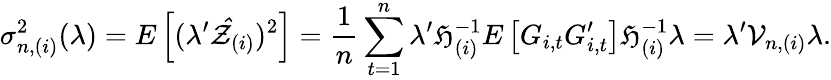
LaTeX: \sigma_{n,(i)}^{2}(\lambda)=E\left[(\lambda^{\prime}\mathcal{\hat{Z}}_{(i)})^{2}\right]=\frac{1}{n}\sum_{t=1}^{n}\lambda^{\prime}\mathfrak{H}_{(i)}^{-1}E\left[G_{i,t}G_{i,t}^{\prime}\right]\mathfrak{H}_{(i)}^{-1}\lambda=\lambda^{\prime}\mathcal{V}_{n,(i)}\lambda.